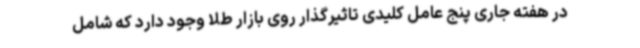
در هفته جاری پنج عامل کلیدی تاثیرگذار روی بازار طلا وجود دارد که شامل